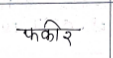
मजकूर: फकीर